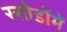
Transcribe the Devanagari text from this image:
रसोडोंमें